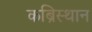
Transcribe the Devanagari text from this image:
कब्रिस्थान